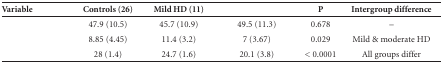
<table><thead><tr><td><b>Variable</b></td><td><b>Controls (26)</b></td><td><b>Mild HD (11)</b></td><td>[EMPTY_CELL]</td><td><b>P</b></td><td><b>Intergroup difference</b></td></tr></thead><tbody><tr><td>[EMPTY_CELL]</td><td>47.9 (10.5)</td><td>45.7 (10.9)</td><td>49.5 (11.3)</td><td>0.678</td><td>-</td></tr><tr><td>[EMPTY_CELL]</td><td>8.85 (4.45)</td><td>11.4 (3.2)</td><td>7 (3.67)</td><td>0.029</td><td>Mild &amp; moderate HD</td></tr><tr><td>[EMPTY_CELL]</td><td>28 (1.4)</td><td>24.7 (1.6)</td><td>20.1 (3.8)</td><td>&lt; 0.0001</td><td>All groups differ</td></tr></tbody></table>